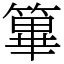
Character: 篳